Indian journal of veterinary science and animal husbandry - Volumes 15-17, 1948-1951
Year: 1948
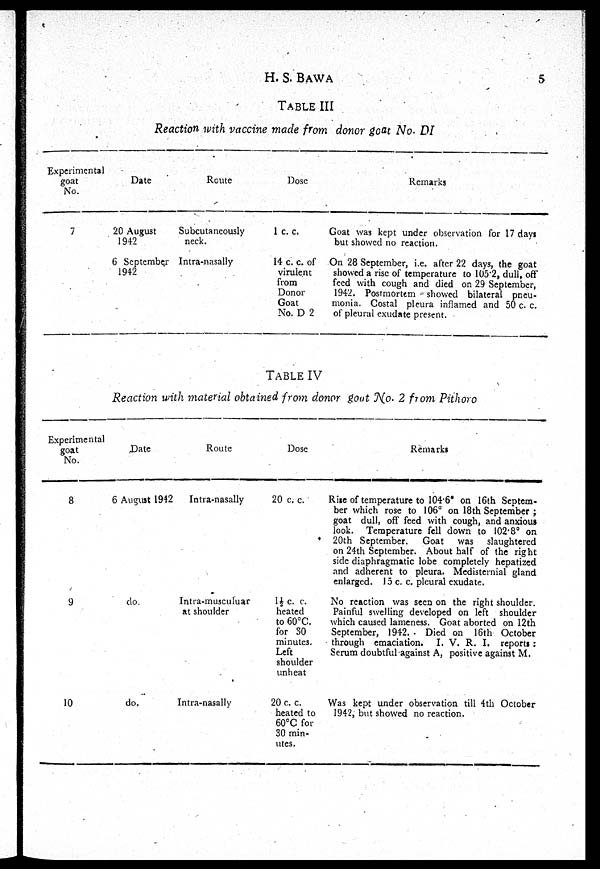
H. S. BAWA
5
TABLE III
Reaction with vaccine made from donor goat No. DI
Experimental
goat
No.
7
Date
20 August
1942
6 September
1942
Route
Subcutancously
neck.
Intra-nasally
Dose
1 c. c.
14 c. c. of
virulent
from
Donor
Goat
No. D 2
Remarks
Goat was kept under observation for 17 days
but showed no reaction.
On 28 September, i.e. after 22 days, the goat
showed a rise of temperature to 105.2, dull, off
feed with cough and died on 29 September,
1942. Postmortem showed bilateral pneu-
monia. Costal pleura inflamed and 50 c. c.
of pleural exudate present.
TABLE IV
Reaction with material obtained from donor gout No. 2 from Pithoro
Experimental
goat
No.
8
9
10
Date
6 August 1942
do.
do.
Route
Intra-nasally
Intra-musculuar
at shoulder
Intra-nasally
Dose
20 c. c.
1½ c. c.
heated
to 60°C.
for 30
minutes.
Left
shoulder
unheat
20 c. c.
heated to
60°C for
30 min-
utes.
Remarks
Rise of temperature to 104.6 on 16th Septem-
ber which rose to 106° on 18th September;
goat dull, off feed with cough, and anxious
look. Temperature fell down to 102.8° on
20th September. Goat was slaughtered
on 24th September. About half of the right
side diaphragmatic lobe completely hepatized
and adherent to pleura. Medisternial gland
enlarged. 15 c. c. pleural exudate.
No reaction was seen on the right shoulder.
Painful swelling developed on left shoulder
which caused lameness. Goat aborted on 12th
September, 1942. Died on 16th October
through emaciation. I. V. R. I. reports:
Serum doubtful against A, positive against M.
Was kept under observation till 4th October
1942, but showed no reaction.